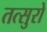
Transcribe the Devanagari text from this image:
तत्सुरो